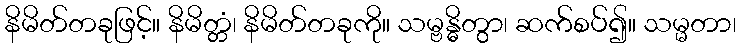
နိမိတ်တခုဖြင့်။ နိမိတ္တံ၊ နိမိတ်တခုကို။ သမ္ဗန္ဓိတွာ၊ ဆက်စပ်၍။ သမ္မတာ၊